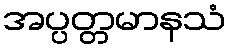
အပ္ပတ္တမာနသံ